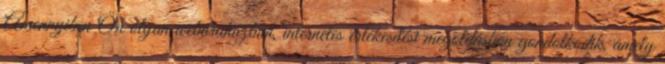
Amennyiben Ön olyan webáruházban, internetes értékesítési megoldásban gondolkodik, amely